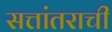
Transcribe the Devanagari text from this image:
सत्तांतराची